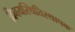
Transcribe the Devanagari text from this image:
विनयस्थितिस्थापक